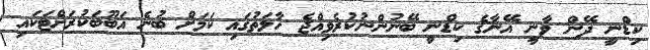
ކިޑްނީ ދޭން ވާނީ އޭނާގެ ކިޑްނީ ބޭނުންނުކުރެވިއްޖެ ހާލަތުގައި ކަމަށް ބުނެ އަބޫބަކުރަށްޓަކައި